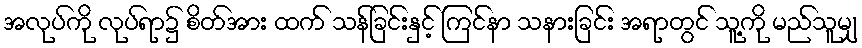
အလုပ်ကို လုပ်ရာ၌ စိတ်အား ထက် သန်ခြင်းနှင့် ကြင်နာ သနားခြင်း အရာတွင် သူ့ကို မည်သူမျှ